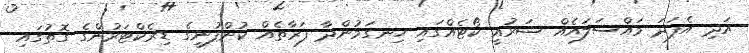
އަދި އެފަދަ މައްސަލައެއް ޝަރުއީ ކޯޓެއްގައި ހިނގަމުންދާ ފަރާތެއް ކުންފުނީގެ ޑިރެކްޓަރުންގެ ގޮތުގައި